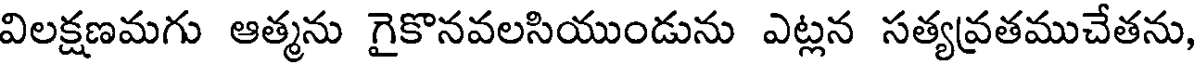
విలక్షణమగు ఆత్మను గైకొనవలసియుండును ఎట్లన సత్యవ్రతముచేతను,